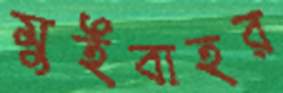
মুইবাহর